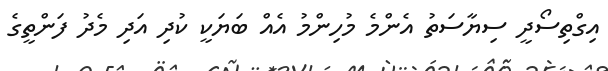
އިގްތިސޯދީ ސިޔާސަތު އެންމެ މުހިންމު އެއް ބަޔަކީ ކުދި އަދި މެދު ފަންތީގެ